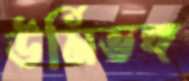
ঊর্মিভঙ্গ